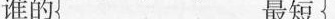
谁的 最短